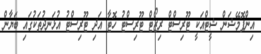
އިންފޮމޭޝަން ޝީޓްއަކީ ޓޫރިސްޓް ރިޒޯޓް ޓޫރިސްޓު ހޮޓާ އަދި ޓޫރިސްޓު އުޅަނދުތަކުގައި ބަޔާން